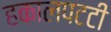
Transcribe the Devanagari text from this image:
हकालपटटी